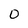
Character: 0